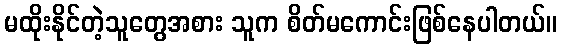
မထိုးနိုင်တဲ့သူတွေအစား သူက စိတ်မကောင်းဖြစ်နေပါတယ်။